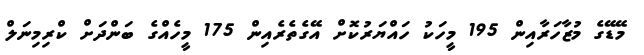
މޭޑޭގެ މުޒާހަރާއިން 195 މީހަކު ހައްޔަރުކޮށް އޭގެތެރެއިން 175 މީހެއްގެ ބަންދަށް ކްރިމިނަލް